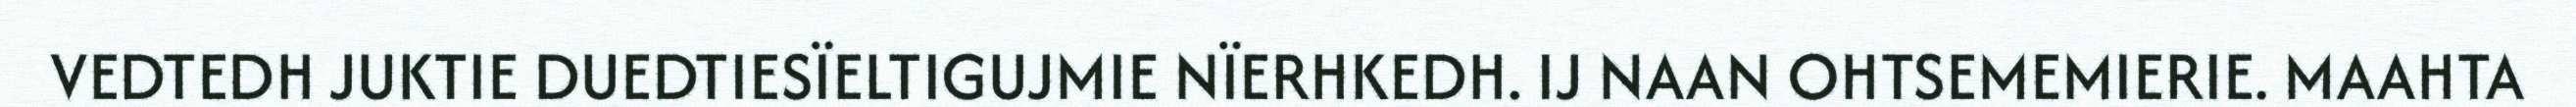
VEDTEDH JUKTIE DUEDTIESÏELTIGUJMIE NÏERHKEDH. IJ NAAN OHTSEMEMIERIE. MAAHTA